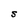
Character: S